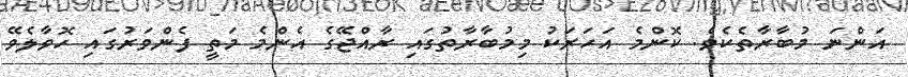
އަންނަ މުބާރާތެކެވެ. ކޮންމެ އަހަރަކު މިމުބާރާތުގައި ރާއްޖޭގެ އެންމެ މަތީ ފެންވަރުގައި ހޮވާލެވޭ